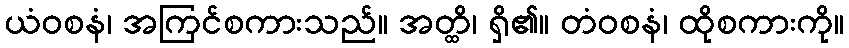
ယံဝစနံ၊ အကြင်စကားသည်။ အတ္ထိ၊ ရှိ၏။ တံဝစနံ၊ ထိုစကားကို။